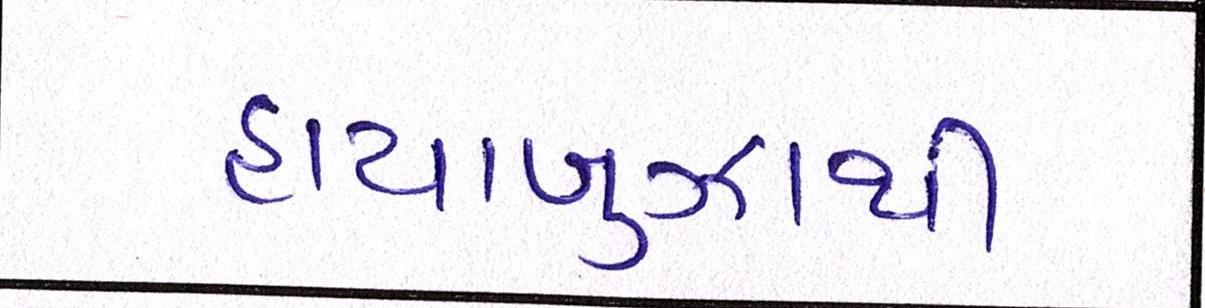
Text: હાયાબુઝાથી